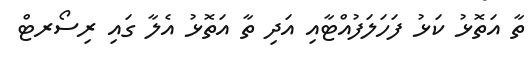
ތާ އަތޮޅު ކަޅު ފަހަލަފުއްޓާއި އަދި ތާ އަތޮޅު އެލާ ގައި ރިސޯރޓް